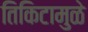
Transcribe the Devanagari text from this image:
तिकिटामुळे